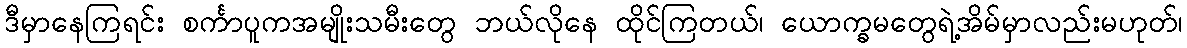
ဒီမှာနေကြရင်း စင်္ကာပူကအမျိုးသမီးတွေ ဘယ်လိုနေ ထိုင်ကြတယ်၊ ယောက္ခမတွေရဲ့အိမ်မှာလည်းမဟုတ်၊